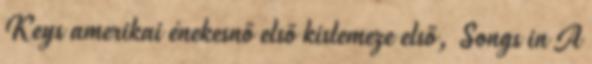
Keys amerikai énekesnő első kislemeze első, Songs in A